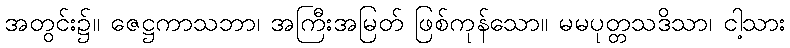
အတွင်း၌။ ဇေဋ္ဌကာသဘာ၊ အကြီးအမြတ် ဖြစ်ကုန်သော။ မမပုတ္တသဒိသာ၊ ငါ့သား